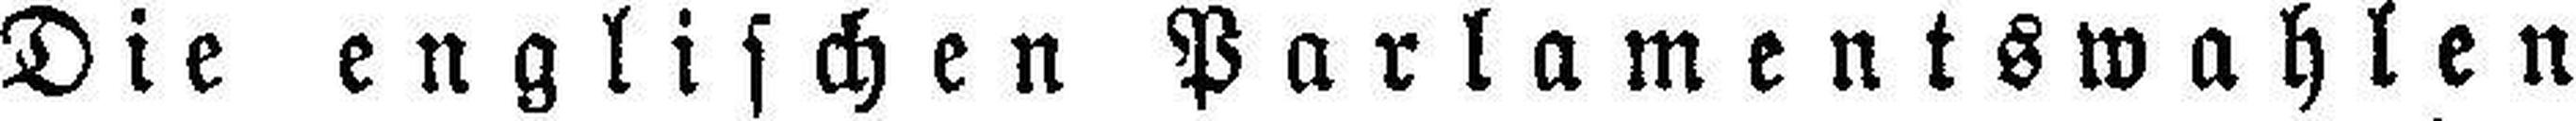
Die englischen Parlamentswahlen